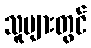
သူများတွင်